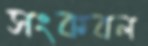
সংকবল